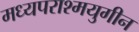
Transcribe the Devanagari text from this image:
मध्यपराश्मयुगीन